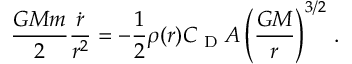
\frac { G M m } { 2 } \frac { \dot { r } } { r ^ { 2 } } = - \frac { 1 } { 2 } \rho ( r ) C _ { \textrm { D } } A \left( \frac { G M } { r } \right) ^ { 3 / 2 } \, .